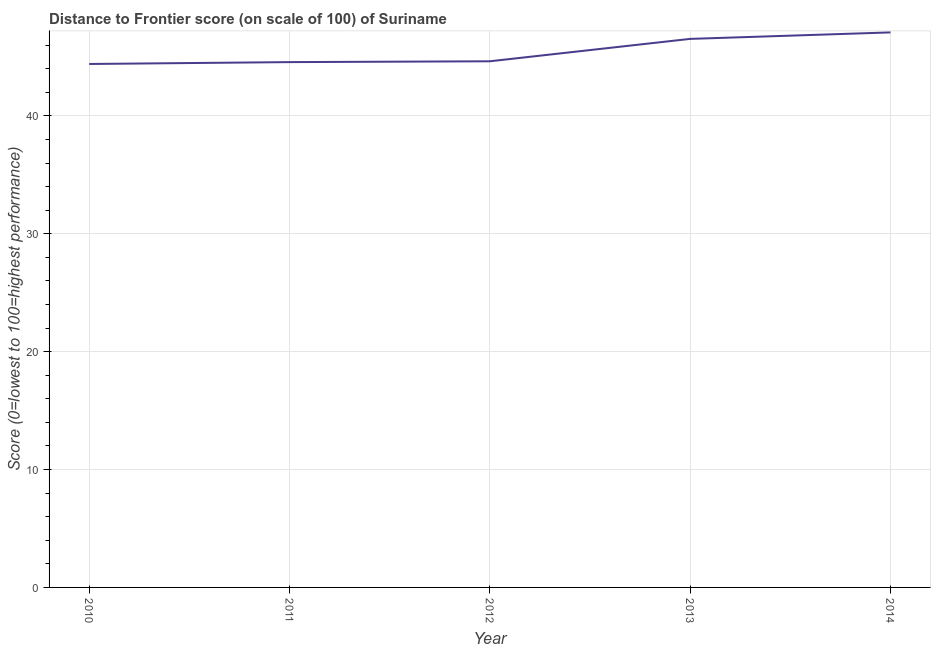
| Year | Distance to frontier score |
 | --- | --- |
 | 2010 | 44.4 |
 | 2011 | 44.6 |
 | 2012 | 44.6 |
 | 2013 | 46.5 |
 | 2014 | 47.1 |